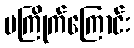
မကြိုက်ကြောင်း